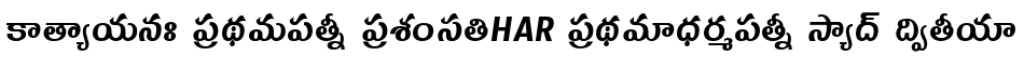
కాత్యాయనః ప్రథమపత్నీ ప్రశంసతిHAR ప్రథమాధర్మపత్నీ స్యాద్ ద్వితీయా